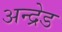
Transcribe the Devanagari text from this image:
अन्द्रेड